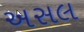
અસલ